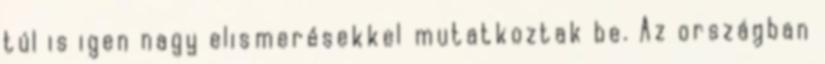
túl is igen nagy elismerésekkel mutatkoztak be. Az országban